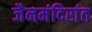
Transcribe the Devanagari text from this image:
जैनमंदिरांत